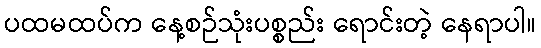
ပထမထပ်က နေ့စဉ်သုံးပစ္စည်း ရောင်းတဲ့ နေရာပါ။